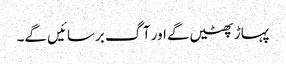
پہاڑ پھٹیں گے اور آگ برسائیں گے۔